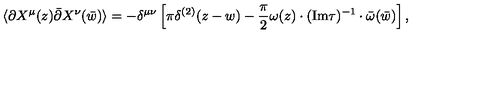
\langle \partial X ^ { \mu } ( z ) \bar { \partial } X ^ { \nu } ( \bar { w } ) \rangle = - \delta ^ { \mu \nu } \left[ \pi \delta ^ { ( 2 ) } ( z - w ) - { \frac { \pi } { 2 } } \omega ( z ) \cdot ( \mathrm { I m } \tau ) ^ { - 1 } \cdot \bar { \omega } ( \bar { w } ) \right] ,